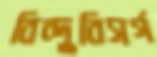
বিন্দুবিসর্গ